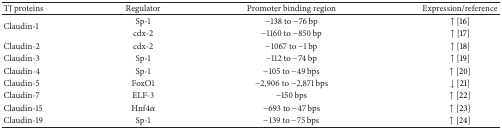
<table><thead><tr><td><b>TJ proteins</b></td><td><b>Regulator</b></td><td><b>Promoter binding region</b></td><td><b>Expression/reference</b></td></tr></thead><tbody><tr><td rowspan="2">Claudin-1</td><td>Sp-1</td><td>−138 to −76 bp</td><td>↑ [16]</td></tr><tr><td>cdx-2</td><td>−1160 to −850 bp</td><td>↑ [17]</td></tr><tr><td>Claudin-2</td><td>cdx-2</td><td>−1067 to −1 bp</td><td>↑ [18]</td></tr><tr><td>Claudin-3</td><td>Sp-1</td><td>−112 to −74 bp</td><td>↑ [19]</td></tr><tr><td>Claudin-4</td><td>Sp-1</td><td>−105 to −49 bps</td><td>↑ [20]</td></tr><tr><td>Claudin-5</td><td>FoxO1</td><td>−2,906 to −2,871 bps</td><td>↓ [21]</td></tr><tr><td>Claudin-7</td><td>ELF-3</td><td>−150 bps</td><td>↑ [22]</td></tr><tr><td>Claudin-15</td><td>Hnf4<i>α</i></td><td>−693 to −47 bps</td><td>↑ [23]</td></tr><tr><td>Claudin-19</td><td>Sp-1</td><td>−139 to −75 bps</td><td>↑ [24]</td></tr></tbody></table>